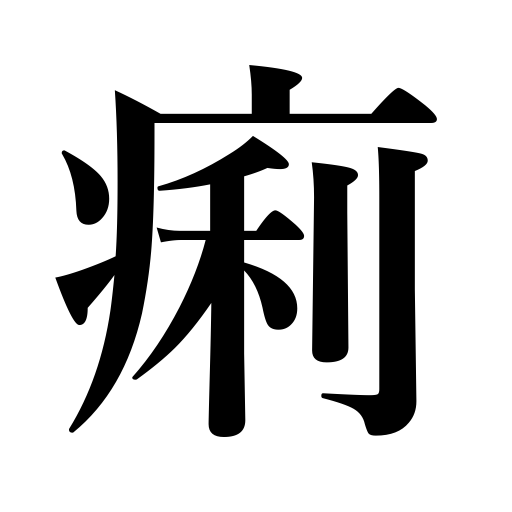
Meanings: diarrhea